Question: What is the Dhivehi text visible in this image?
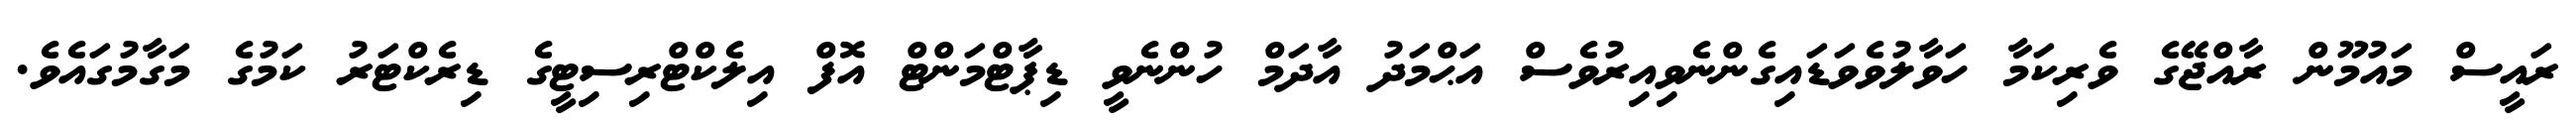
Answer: ރައީސް މައުމޫން ރާއްޖޭގެ ވެރިކަމާ ހަވާލުވެވަޑައިގެންނެވިއިރުވެސް އަޙްމަދު އާދަމް ހުންނެވީ ޑިޕާޓްމަންޓް އޮފް އިލެކްޓްރިސިޓީގެ ޑިރެކްޓަރު ކަމުގެ މަގާމުގައެވެ.